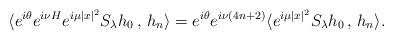
LaTeX: \begin{align*}\langle e^{i\theta} e^{i \nu H} e^{i \mu |x|^2} S_\lambda h_0 \,,\, h_n \rangle = e^{i\theta} e^{i\nu(4n+2)} \langle e^{i \mu |x|^2} S_\lambda h_0 \,,\, h_n \rangle.\end{align*}